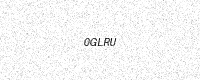
Text: 0GLRU